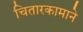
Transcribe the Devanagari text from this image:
चितारकामाने